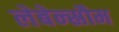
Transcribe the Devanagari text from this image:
लेबेन्स्रौम